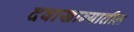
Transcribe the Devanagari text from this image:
दवाखान्यातील